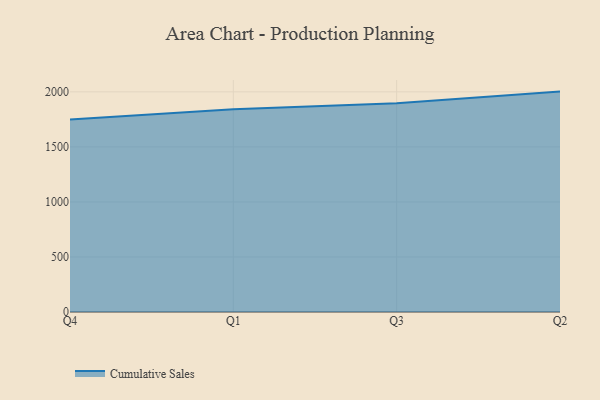
{"axis": {"x": "Quarter", "y": "Humidity (%)"}, "legend": ["Cumulative Sales"], "data": [{"x": "Q4", "y": 1748.6, "type": "Cumulative Sales"}, {"x": "Q1", "y": 1842.2, "type": "Cumulative Sales"}, {"x": "Q3", "y": 1895.4, "type": "Cumulative Sales"}, {"x": "Q2", "y": 2002.3, "type": "Cumulative Sales"}]}